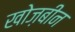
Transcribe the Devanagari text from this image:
खोज़बीन